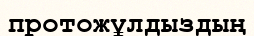
протожұлдыздың